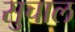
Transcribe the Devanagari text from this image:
सुचाल